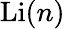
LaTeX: \operatorname{Li}(n)